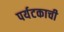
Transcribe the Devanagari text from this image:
पर्यटकाची